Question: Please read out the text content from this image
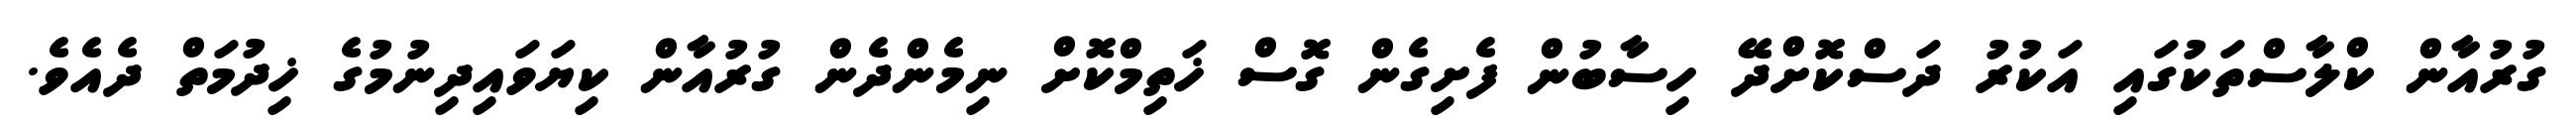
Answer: ގުރުއާން ކްލާސްތަކުގައި އަކުރު ދަސްކޮށްދޭ ހިސާބުން ފެށިގެން ގޮސް ޚަތިމްކޮށް ނިމެންދެން ގުރުއާން ކިޔަވައިދިނުމުގެ ޚިދުމަތް ދެއެވެ.